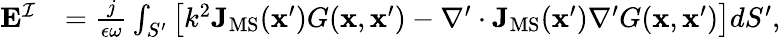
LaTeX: \begin{array}{rl}{\mathbf{E}^{\mathcal{I}}}&{=\frac{j}{\epsilon\omega}\int_{S^{\prime}}\big[k^{2}\mathbf{J}_{\mathrm{MS}}(\mathbf{x}^{\prime})G(\mathbf{x},\mathbf{x}^{\prime})-\nabla^{\prime}\cdot\mathbf{J}_{\mathrm{MS}}(\mathbf{x}^{\prime})\nabla^{\prime}G(\mathbf{x},\mathbf{x}^{\prime})\big]dS^{\prime},}\end{array}